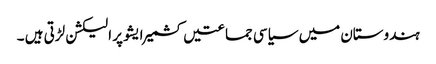
ہندوستان میں سیاسی جماعتیں کشمیر ایشو پر الیکشن لڑتی ہیں ۔